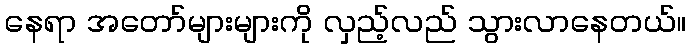
နေရာ အတော်များများကို လှည့်လည် သွားလာနေတယ်။